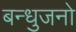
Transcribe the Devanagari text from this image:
बन्धुजनो